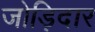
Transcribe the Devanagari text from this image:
जोड़िदार